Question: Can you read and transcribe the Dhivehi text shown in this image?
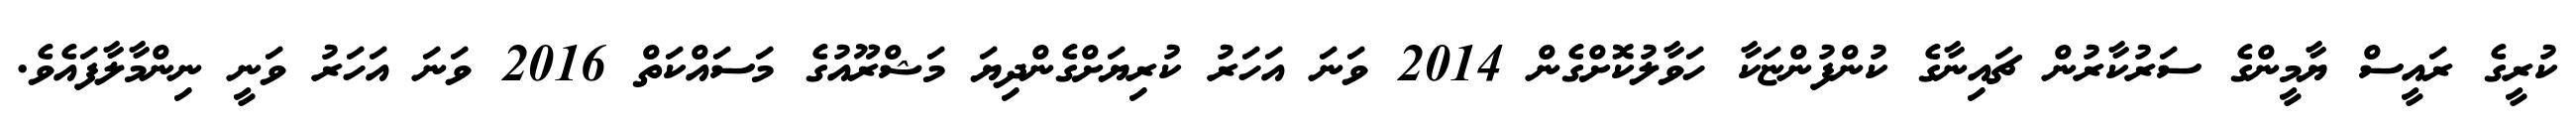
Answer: ކުރީގެ ރައީސް ޔާމީންގެ ސަރުކާރުން ޗައިނާގެ ކުންފުންޏަކާ ހަވާލުކޮށްގެން 2014 ވަނަ އަހަރު ކުރިޔަށްގެންދިޔަ މަޝްރޫއުގެ މަސައްކަތް 2016 ވަނަ އަހަރު ވަނީ ނިންމާލާފައެވެ.